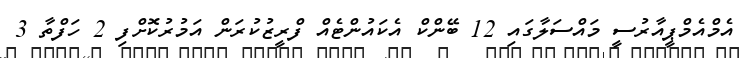
އެމްއެމްޕީއާރުސީ މައްސަލާގައި 12 ބޭންކް އެކައުންޓެއް ފްރީޒުކުރަން އަމުރުކޮށްފި 2 ހަފްތާ 3